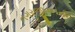
નગરજીવનની